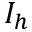
I _ { h }